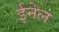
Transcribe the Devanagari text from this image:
ईनेल